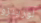
لورينزو